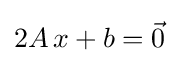
2A\,x+b={\vec {0}}\;